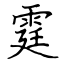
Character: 霆